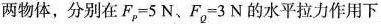
两物体，分别在$$F_ { p } = 5 N$$、$$F_ { Q } =3 N$$的水平拉力作用下